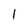
Character: 1